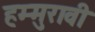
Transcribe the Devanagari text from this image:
हम्मुरावी